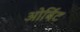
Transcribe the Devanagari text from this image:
ओर्बिट